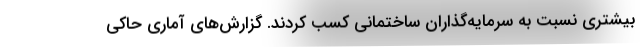
بیشتری نسبت به سرمایه‌گذاران ساختمانی کسب کردند. گزارش‌های آماری حاکی